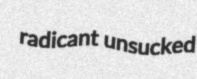
radicant unsucked